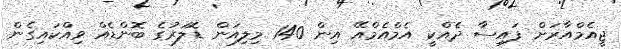
ޖީއެމްއާރަށް ފައިސާ ދެއްކީ އެމްއެމްއޭ އިން 140 މިލިއަން ޑޮލަރުގެ ބޮންޑެއް ވިއްކައިގެން